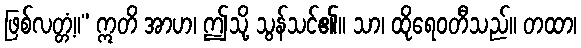
ဖြစ်လတ္တံ့။” ဣတိ အာဟ၊ ဤသို့ သွန်သင်၏။ သာ၊ ထိုရေဝတီသည်။ တထာ၊